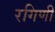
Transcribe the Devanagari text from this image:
रगिणी